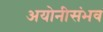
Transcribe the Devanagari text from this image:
अयोनीसंभव